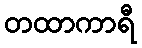
တထာကာရီ